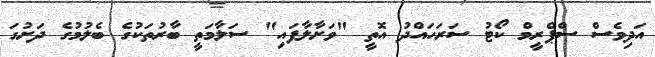
އަދިވެސް ސްޕްރީމް ކޯޓު ސަރަހައްދު އޮތީ "ވަށާލާފައި" ސަލާމަތީ ބާރުތަކުގެ ބެލުމުގެ ދަށުގަ